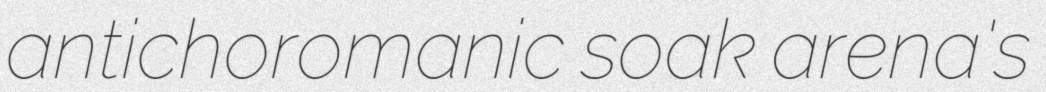
antichoromanic soak arena's